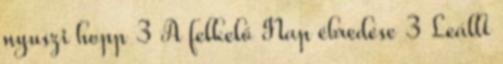
nyuszi hopp 3 A felkelő Nap ébredése 3 Leállt